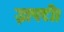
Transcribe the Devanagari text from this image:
झपटी।